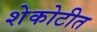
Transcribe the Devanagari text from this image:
शेकोटीत